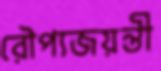
রৌপ্যজয়ন্তী